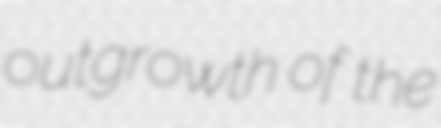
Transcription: outgrowth of the